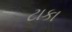
ટાકા